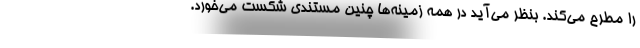
را مطرح می‌کند. بنظر می‌آید در همه زمینه‌ها چنین مستندی شکست می‌خورد.